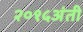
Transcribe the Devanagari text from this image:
२०१५अंती